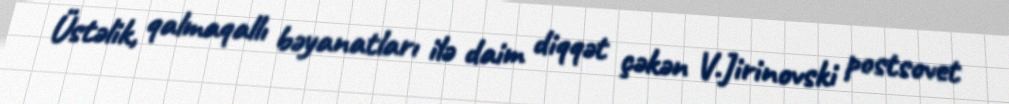
Üstəlik, qalmaqallı bəyanatları ilə daim diqqət çəkən V.Jirinovski postsovet